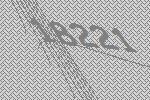
18221